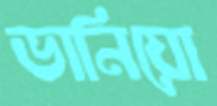
ভানিয়ো